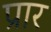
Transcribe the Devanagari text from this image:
प्रार